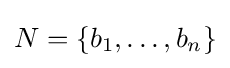
N=\{b_{1},\ldots ,b_{n}\}